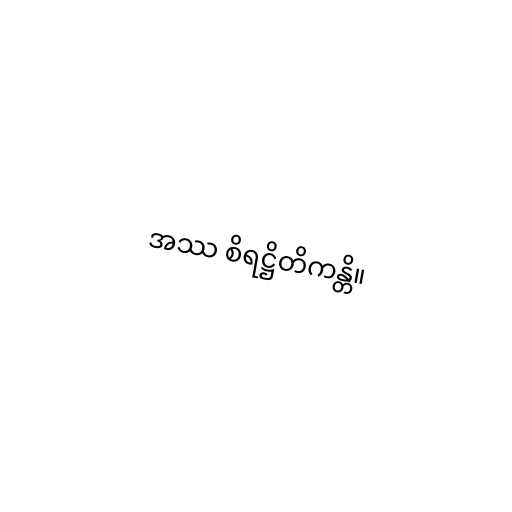
အဿ စိရဋ္ဌိတိကန္တိ။